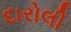
દારોલી